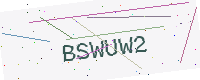
Text: BSWUW2